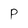
Character: p